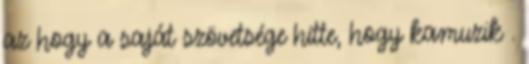
az hogy a saját szövetsége hitte, hogy kamuzik .